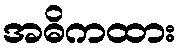
အဓိကထား